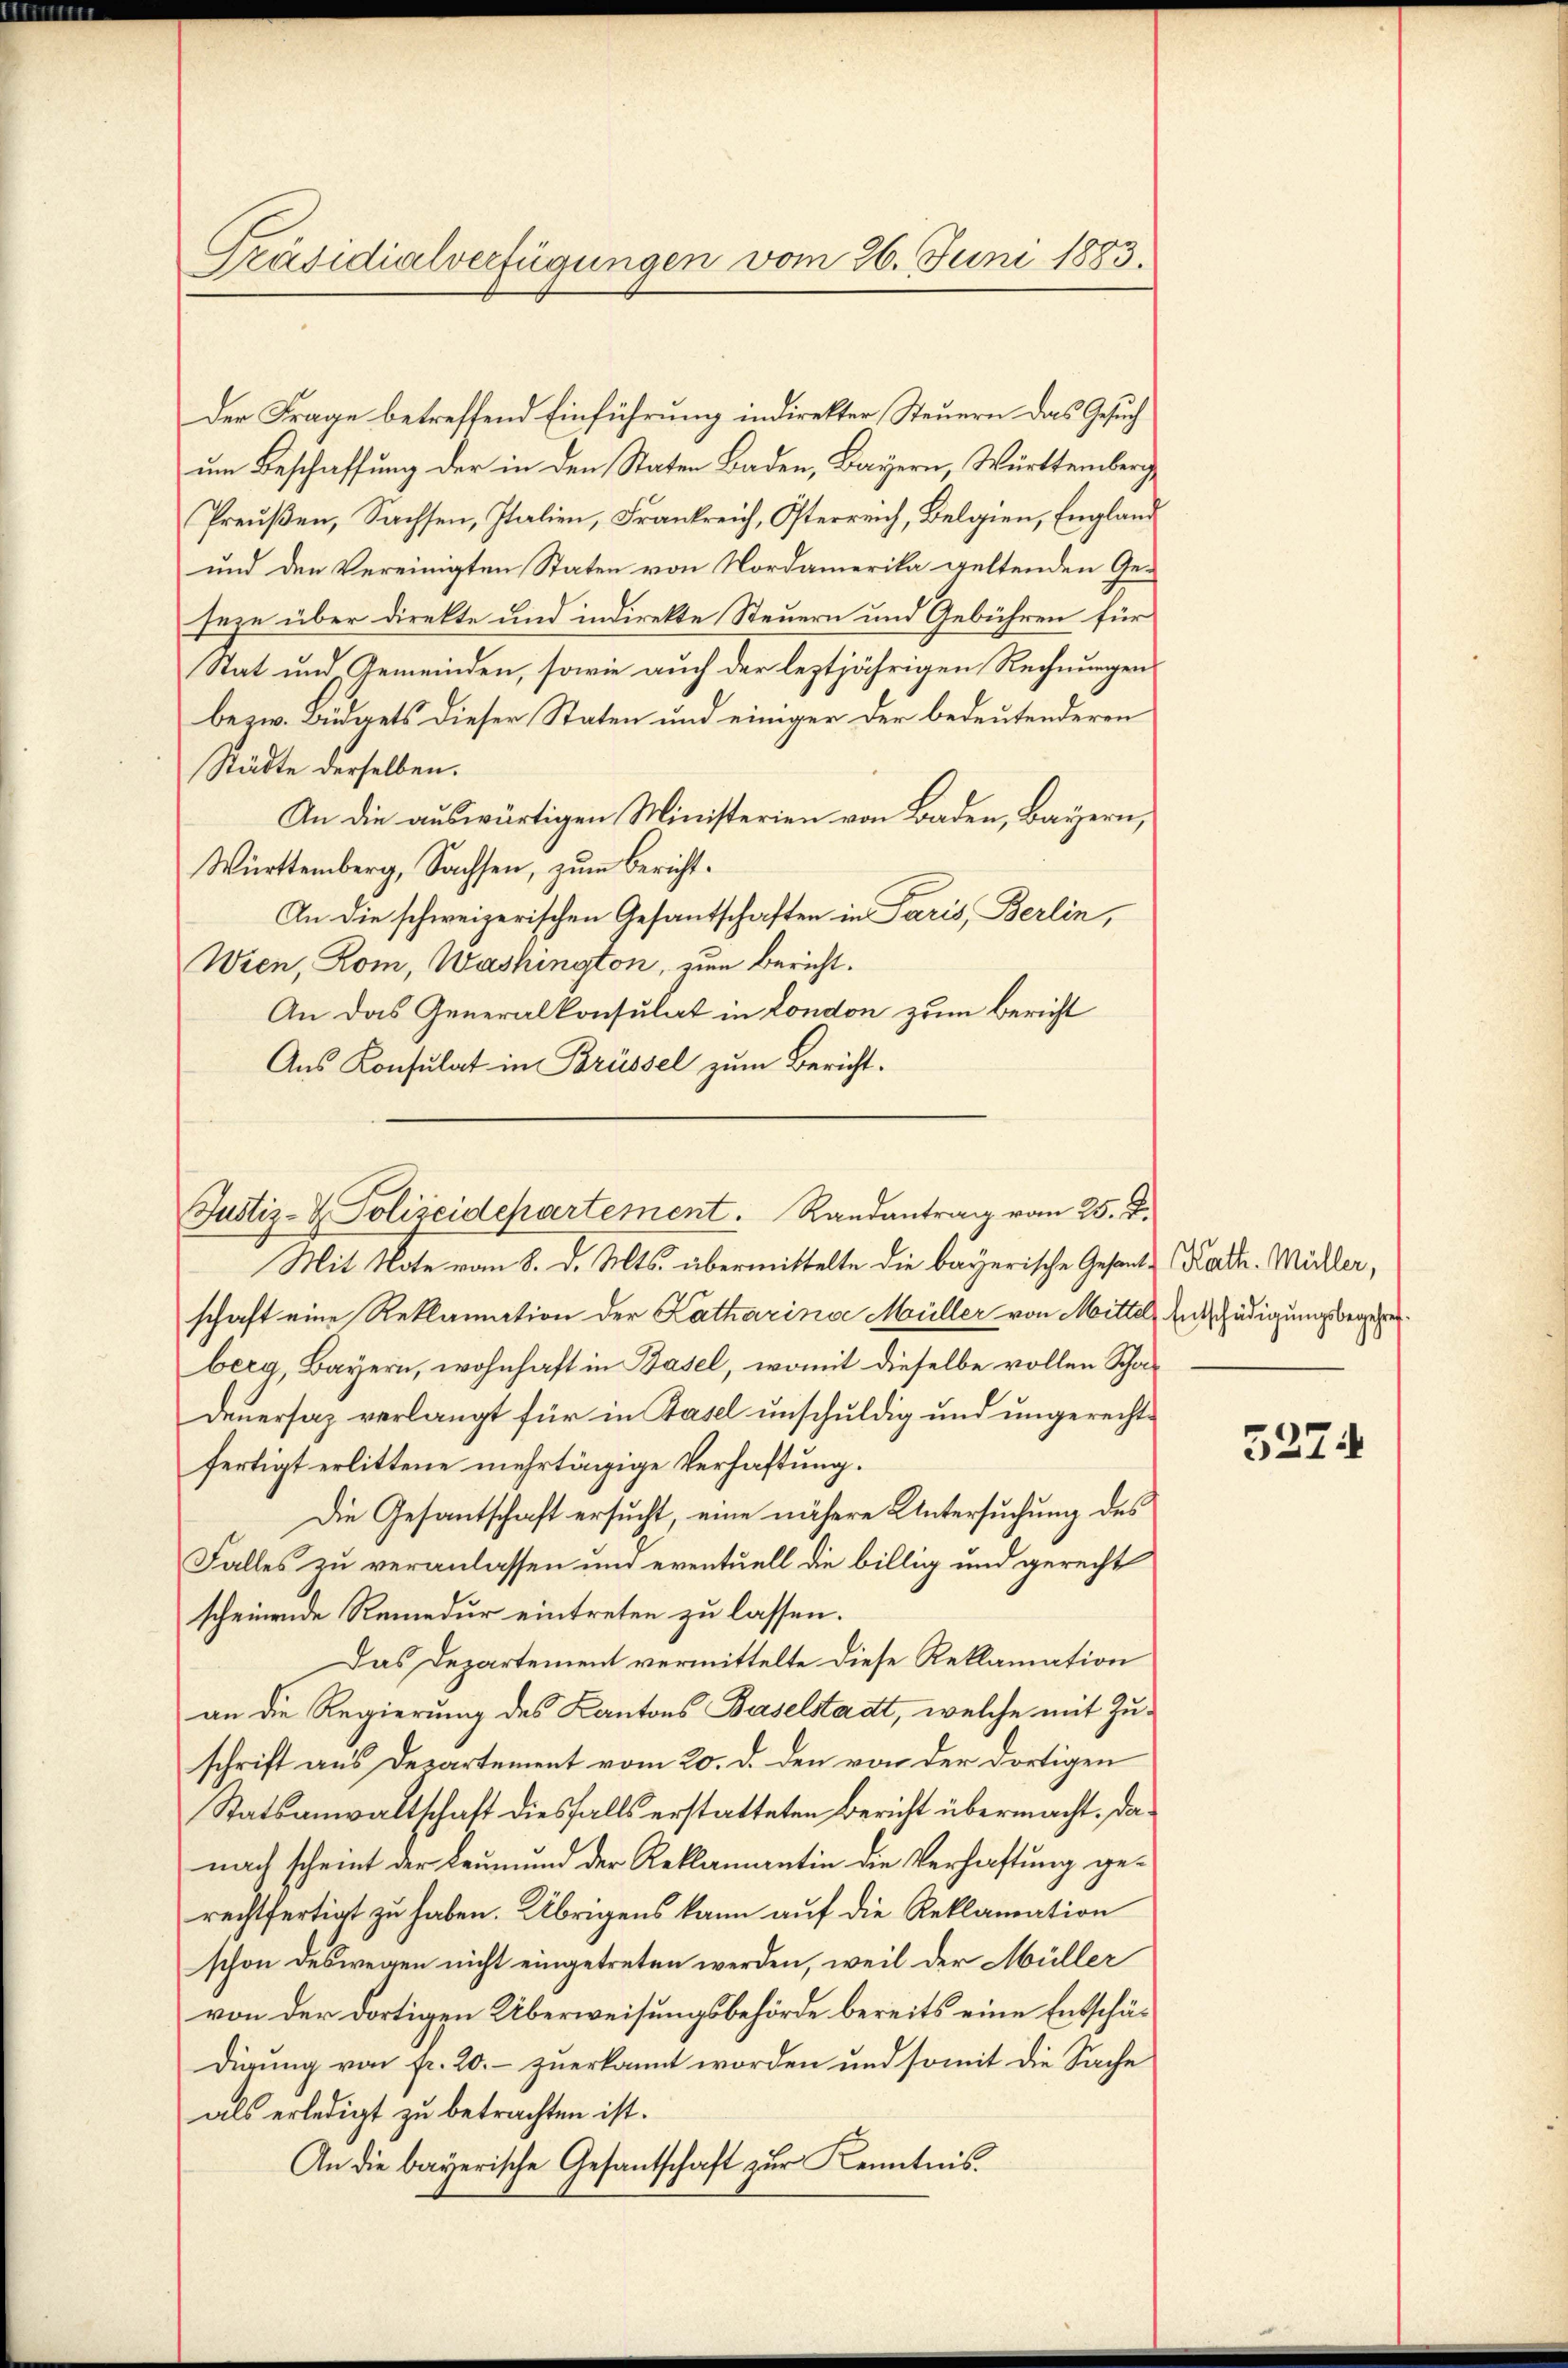
Präsidialverfügungen vom 26. Juni 1883.

Der Frage betreffend Einführung indirekter Steuern das Gesuch
um Beschaffung der in den Staten Baden, Bayern, Württemberge
Preußen, Sachsen, Italien, Frankreich, Osterreich, Belgien, England
und den Vereinigten Staten von Nordamerika geltenden Geseze über direkte und indirekte Steuern und Gebühren für
Stat und Gemeinden, sowie auch der leztjährigen Rechnungen
bezw. Budgets dieser Staten und einiger der bedeutenderen
Städte derselben.
An die auswärtigen Ministerien von Baden, Bayern,
Württemberg, Sachsen, zum Bericht¬
An die schweizerischen Gesantschaften in Paris, Berlin,
Wien, Rom, Washington, zum Bericht.
An das Generalkonsulat in London zum Bericht
Aus Konsulat in Brüssel zum Bericht.

Justiz- & Polizeidepartement. Randantrag vom 25. J.

Mit Note vom 8. d. Mts. übermittelte die bayerische Gesante Kath. Müller,
schaft eine Reklamation der Katharinae Müller von Mittel, Entschädigungsbegegeberg, Bayern, wohnhaft in Basel, womit dieselbe vollen Scha¬
Denersaz verlangt für in Basel unschuldig und ungerechtfertigt erlittene mehrtägige Verhaftung.
Die Gesantschaft ersucht, eine nähere Untersuchung des
Falles zu veranlassen und eventuell die billig und gerecht
scheinende Remedur eintreten zu lassen.
Das Departement vermittelte diese Reklamation
an die Regierung des Kantons Baselstadt, welche mit Zuschrift aus Departement vom 20. d. den von der dortigen
Statsanwaltschaft diesfalls erstatteten Bericht übermacht. Danach scheint der Leumund der Reklamantin die Verhaftung gerechtfertigt zu haben. Übrigens kann auf die Reklamation
schon deswegen nicht eingetreten werden, weil der Müller
von der dortigen Überweisungsbehörde bereits eine Entschädigung von fr. 20.- zuerkannt worden und somit die Sache
als erledigt zu betrachten ist.
An die bayerische Gesantschaft zur Kenntnis

5274